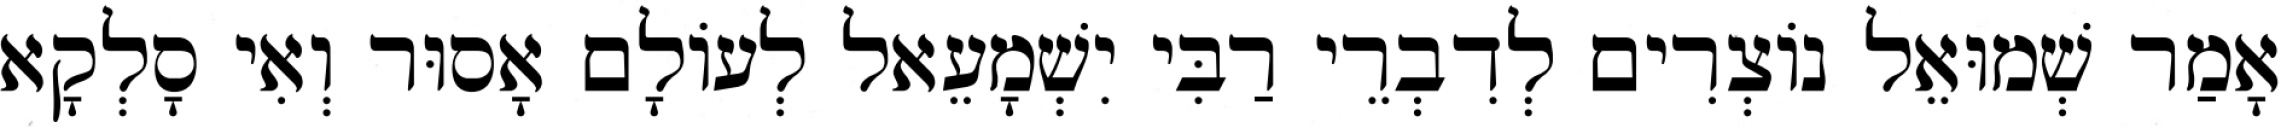
אָמַר שְׁמוּאֵל נוֹצְרִים לְדִבְרֵי רַבִּי יִשְׁמָעֵאל לְעוֹלָם אָסוּר וְאִי סָלְקָא